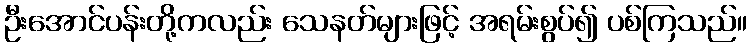
ဦးအောင်ပန်းတို့ကလည်း သေနတ်များဖြင့် အရမ်းစွပ်၍ ပစ်ကြသည်။